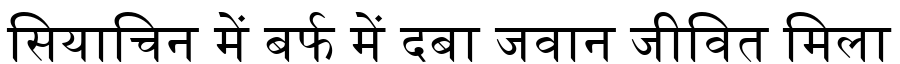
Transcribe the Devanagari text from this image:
सियाचिन में बर्फ में दबा जवान जीवित मिला